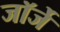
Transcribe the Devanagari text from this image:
जॉर्जे